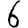
Digit: 6